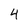
Character: 4